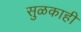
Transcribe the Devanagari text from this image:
सुळकाही